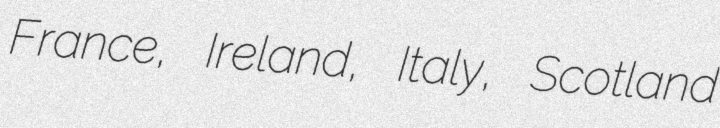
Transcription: France, Ireland, Italy, Scotland